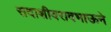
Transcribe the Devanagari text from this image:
सदाशीवरावभाऊने